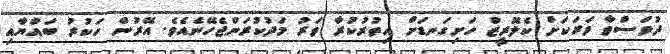
ދުވަސްވާ ވަރަކަށް ކެލޮރީޒް ހަށިގަނޑަށް އިތުރުކުރާ ވަރު މަދުކުރަންޖެހޭނެއެވެ. އޭރުން ހަކުރު ބައްޔާއި